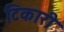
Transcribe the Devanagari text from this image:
टिकारी